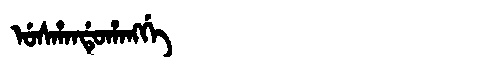
Manchu: ᡠᠰᡥᠠᠨᡩᡠᡥᠠᠩᡤᡝ
Romanization: USHANDUHANGGE